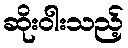
ဆိုးဝါးသည့်